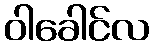
ဝါခေါင်လ